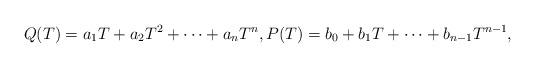
LaTeX: \begin{align*} Q(T)= a_{1}T+a_{2}T^{2}+\cdots+a_{n}T^{n}, P(T)=b_{0}+b_{1}T+\cdots +b_{n-1}T^{n-1},\end{align*}